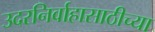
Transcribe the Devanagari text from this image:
उदरनिर्वाहासाठीच्या